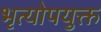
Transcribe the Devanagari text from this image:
भृत्योपयुक्त